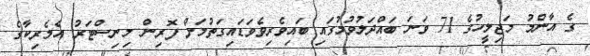
ގެ އާންމު މަޖިލީހުގެ 71 ވަނަ ބައްދަލުވުމުގައި ބައިވެރިވެވަޑައިގަތުމަށް ފޮރިން މިނިސްޓަރު އެމެރިކާގެ